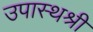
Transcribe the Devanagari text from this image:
उपास्थश्री